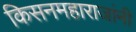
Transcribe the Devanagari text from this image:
किसनमहाराजांनी